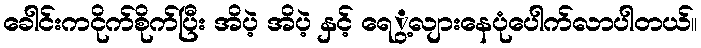
ခေါင်းကငိုက်စိုက်ပြီး အိပဲ့ အိပဲ့ နှင့် ရေွ့လျားနေပုံပေါက်လာပါတယ်။